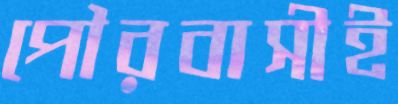
পৌরবাসীই